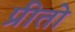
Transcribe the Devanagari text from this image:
प्रीतो